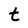
Character: t